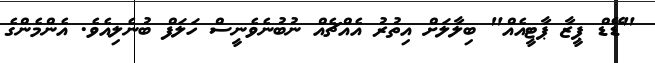
"ޑޭޑް ޕީޒާ ޕާޓީއެއް" ބިލާލަށް އިތުރު އެއްޗެއް ނުބުނެވެނީސް ހަލަފް ބުނެލިއެވެ. އެންމެންގެ